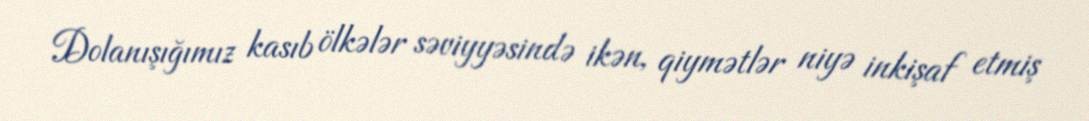
Dolanışığımız kasıb ölkələr səviyyəsində ikən, qiymətlər niyə inkişaf etmiş